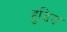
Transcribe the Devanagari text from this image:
हुडिड